65_HS1-834228961_62-HQ-83894_Section_9
Agency: FBI
Page 134
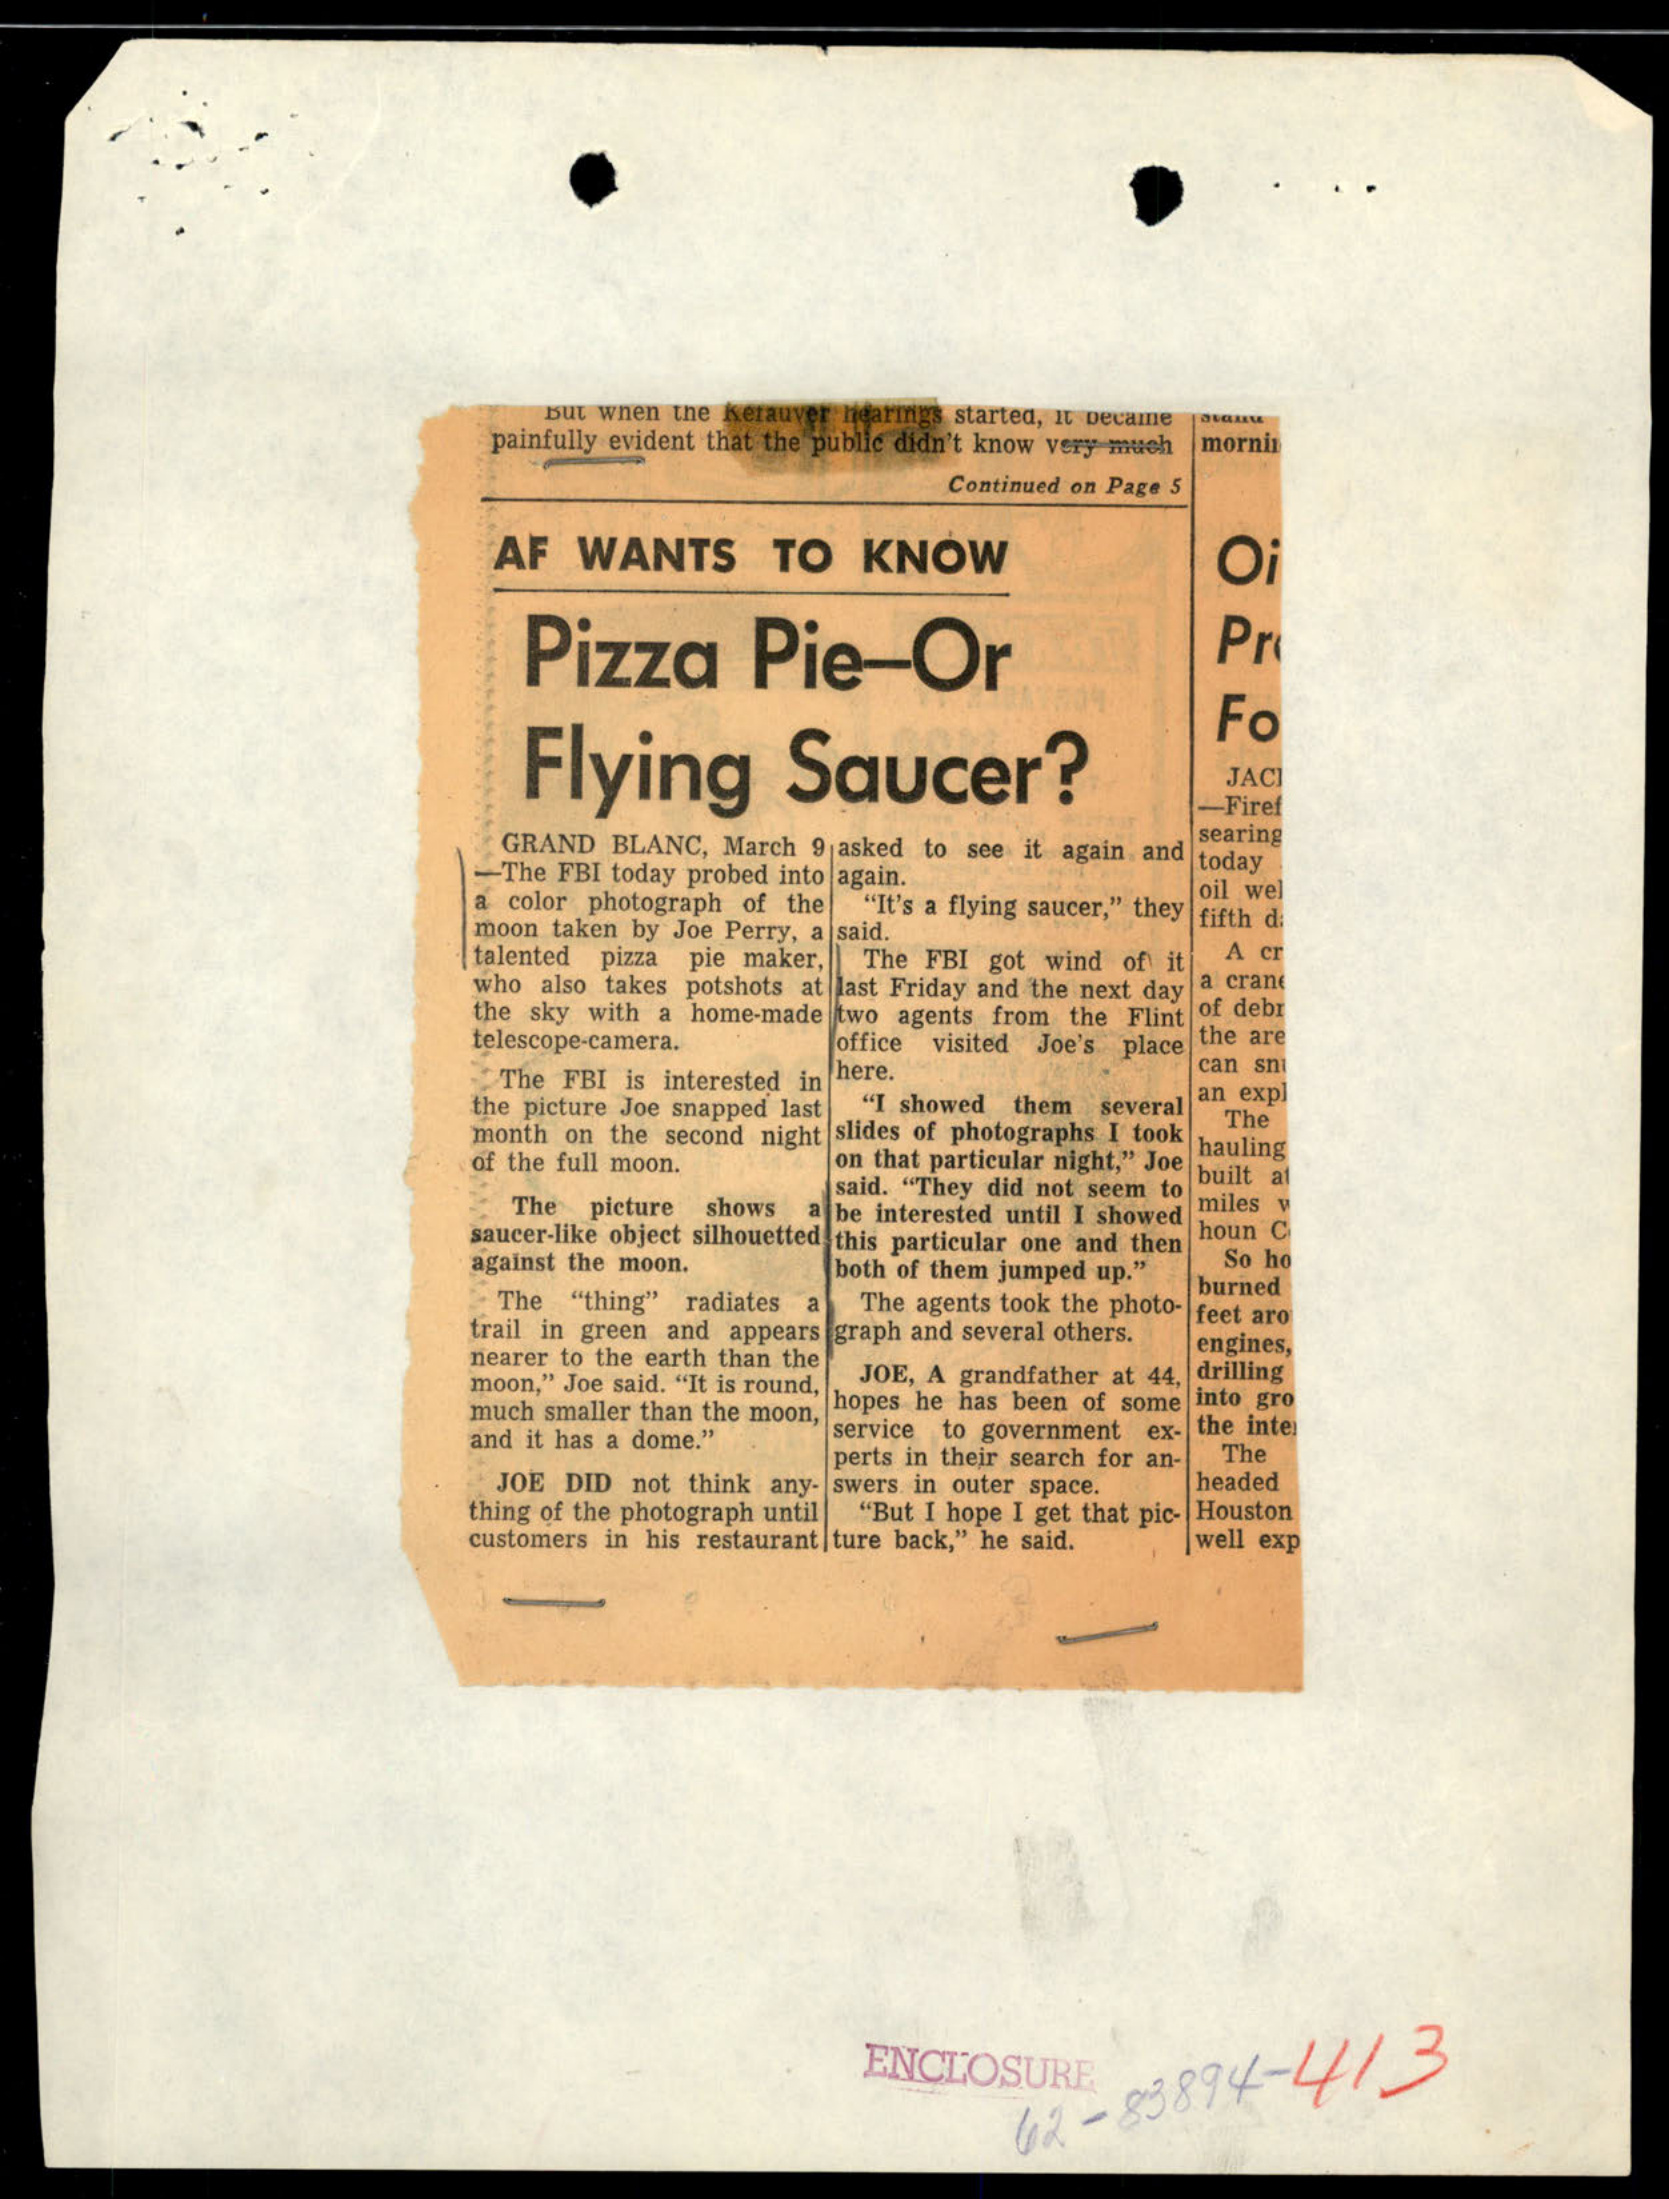